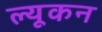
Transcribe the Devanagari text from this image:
ल्यूकन